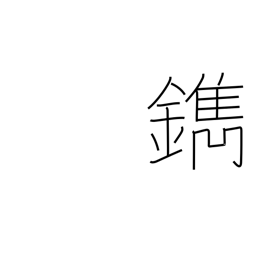
Meaning: engrave